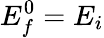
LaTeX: E_{f}^{0}=E_{i}